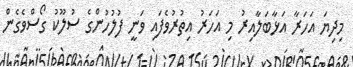
މިދިޔަ އަހަރާ އަޅާބަލާއިރު މި އަހަރު އިތުރުވެފައި ވަނީ ފުލުހުންގެ ސުލޫކު ގޯސްވެގެން